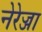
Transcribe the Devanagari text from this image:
नेरेज्जा